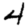
Digit: 4